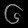
Digit: ၆